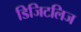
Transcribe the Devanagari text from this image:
डिजिटलिज